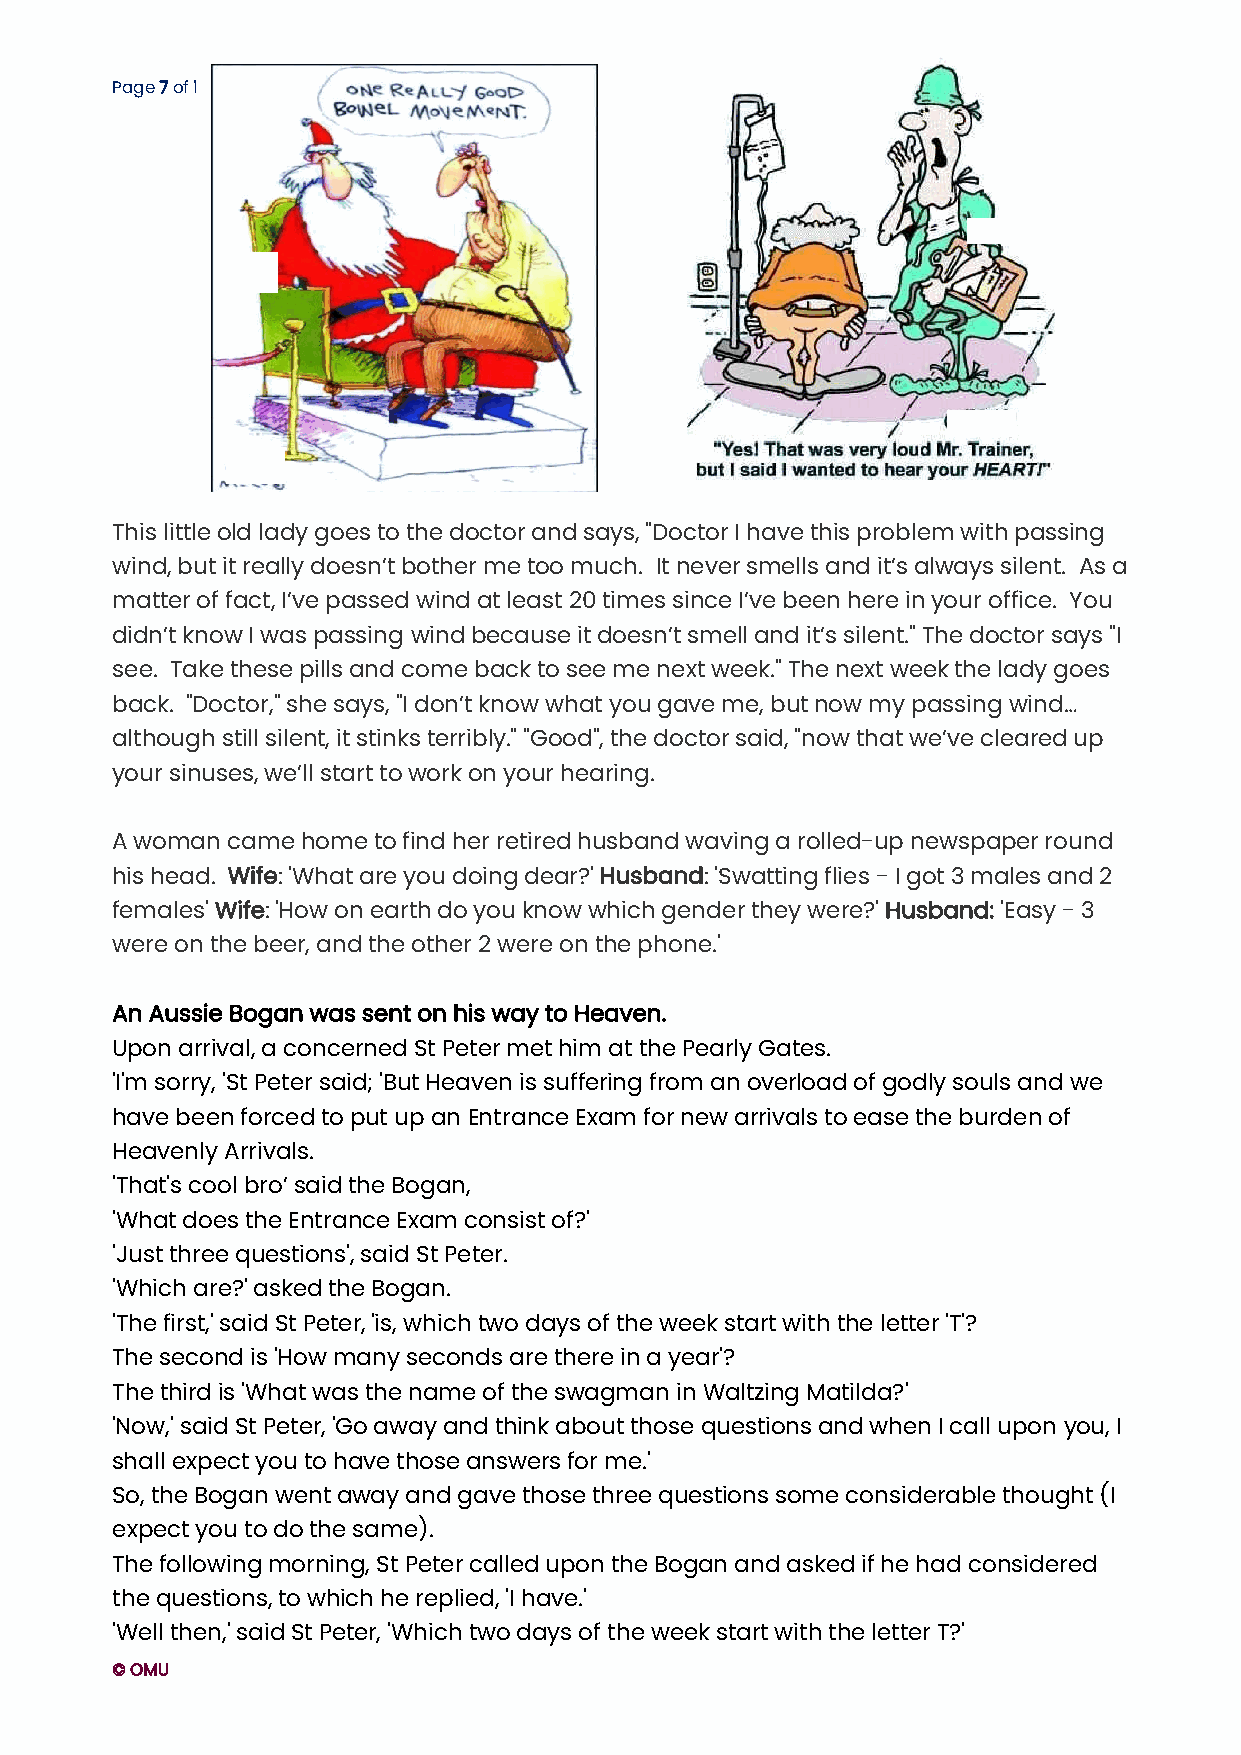
Page 7 of 11
 This little old lady goes to the doctor and says, "Doctor I have this problem with passing
 wind, but it really doesn’t bother me too much. It never smells and it’s always silent. As a
 matter of fact, I’ve passed wind at least 20 times since I’ve been here in your office. You
 didn’t know I was passing wind because it doesn’t smell and it’s silent." The doctor says "I
 see. Take these pills and come back to see me next week." The next week the lady goes
 back. "Doctor," she says, "I don’t know what you gave me, but now my passing wind…
 although still silent, it stinks terribly." "Good", the doctor said, "now that we’ve cleared up
 your sinuses, we’ll start to work on your hearing.
 A woman came home to find her retired husband waving a rolled-up newspaper round
 his head. Wife: 'What are you doing dear?' Husband: 'Swatting flies - I got 3 males and 2
 females' Wife: 'How on earth do you know which gender they were?' Husband: 'Easy - 3
 were on the beer, and the other 2 were on the phone.'
 An Aussie Bogan was sent on his way to Heaven.
 Upon arrival, a concerned St Peter met him at the Pearly Gates.
 'I'm sorry, 'St Peter said; 'But Heaven is suffering from an overload of godly souls and we
 have been forced to put up an Entrance Exam for new arrivals to ease the burden of
 Heavenly Arrivals.
 'That's cool bro’ said the Bogan,
 'What does the Entrance Exam consist of?'
 'Just three questions', said St Peter.
 'Which are?' asked the Bogan.
 'The first,' said St Peter, 'is, which two days of the week start with the letter 'T'?
 The second is 'How many seconds are there in a year'?
 The third is 'What was the name of the swagman in Waltzing Matilda?'
 'Now,' said St Peter, 'Go away and think about those questions and when I call upon you, I
 shall expect you to have those answers for me.'
 So, the Bogan went away and gave those three questions some considerable thought (I
 expect you to do the same).
 The following morning, St Peter called upon the Bogan and asked if he had considered
 the questions, to which he replied, 'I have.'
 'Well then,' said St Peter, 'Which two days of the week start with the letter T?'
 © OMU